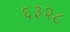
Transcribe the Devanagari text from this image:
६३२८